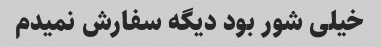
خیلی شور بود دیگه سفارش نمیدم